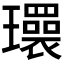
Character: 𬎜